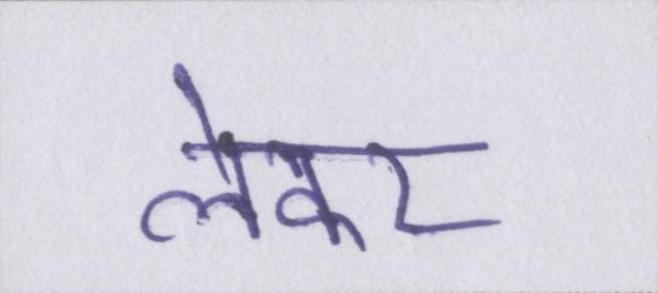
लेकर